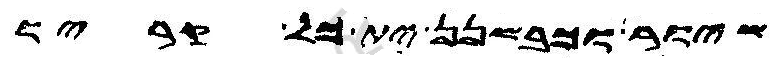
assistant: שיור וכבשנן ית כל קריו